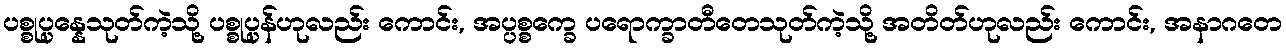
ပစ္စုပ္ပန္နေသုတ်ကဲ့သို့ ပစ္စုပ္ပန်ဟုလည်း ကောင်း, အပ္ပစ္စက္ခေ ပရောက္ခာတီတေသုတ်ကဲ့သို့ အတိတ်ဟုလည်း ကောင်း, အနာဂတေ